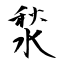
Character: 湬